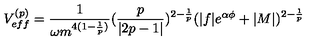
V _ { e f f } ^ { ( p ) } = \frac { 1 } { \omega m ^ { 4 ( 1 - \frac { 1 } { p } ) } } ( \frac { p } { | 2 p - 1 | } ) ^ { 2 - \frac { 1 } { p } } ( | f | e ^ { \alpha \phi } + | M | ) ^ { 2 - \frac { 1 } { p } }